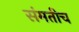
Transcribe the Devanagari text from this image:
संमतीच